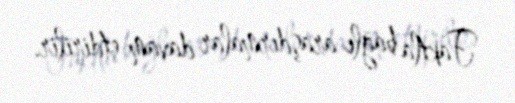
Faktla bağlı araşdırmalar davam etdirilir.